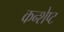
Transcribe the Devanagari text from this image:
कन्शेप्ट